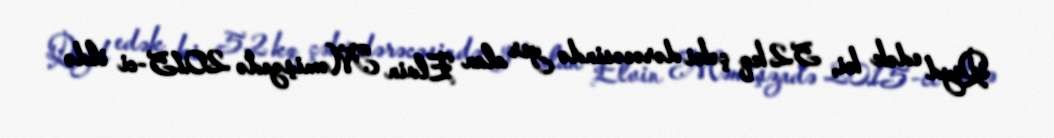
Qeyd edək ki, 52 kq çəki dərəcəsində yer alan Elvin Məmişzadə 2015-ci ildə